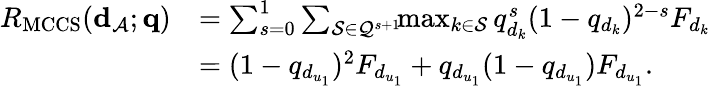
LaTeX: \begin{array}{rl}{R_{\mathrm{MCCS}}({\mathbf d}_{\cal A};{\mathbf q})}&{=\sum_{s=0}^{1}\sum_{{\cal S}\in{\cal Q}^{s+1}}\! \! \operatorname*{max}_{k\in{\cal S}}q_{d_{k}}^{s}(1-q_{d_{k}})^{2-s}F_{d_{k}}}\\ &{=(1-q_{d_{u_{1}}})^{2}F_{d_{u_{1}}}+q_{d_{u_{1}}}(1-q_{d_{u_{1}}})F_{d_{u_{1}}}.}\end{array}